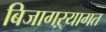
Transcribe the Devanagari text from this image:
बिजागऱ्यागत